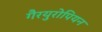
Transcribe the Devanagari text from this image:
गैरयुरोपियन